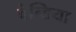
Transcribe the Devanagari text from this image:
वेन्डिया